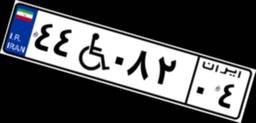
۴۴W۰۸۲۰۴